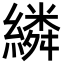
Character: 繗